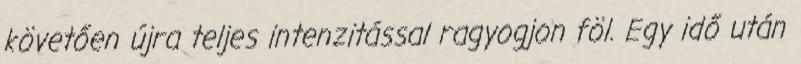
követően újra teljes intenzitással ragyogjon föl. Egy idő után